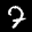
Label: 7